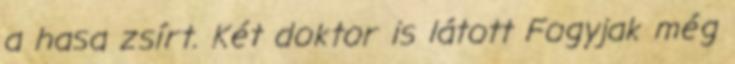
a hasa zsírt. Két doktor is látott Fogyjak még